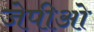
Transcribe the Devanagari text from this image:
जेपीओ